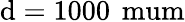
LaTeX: \mathrm{d}=1000\, \mathrm{{\ mum}}